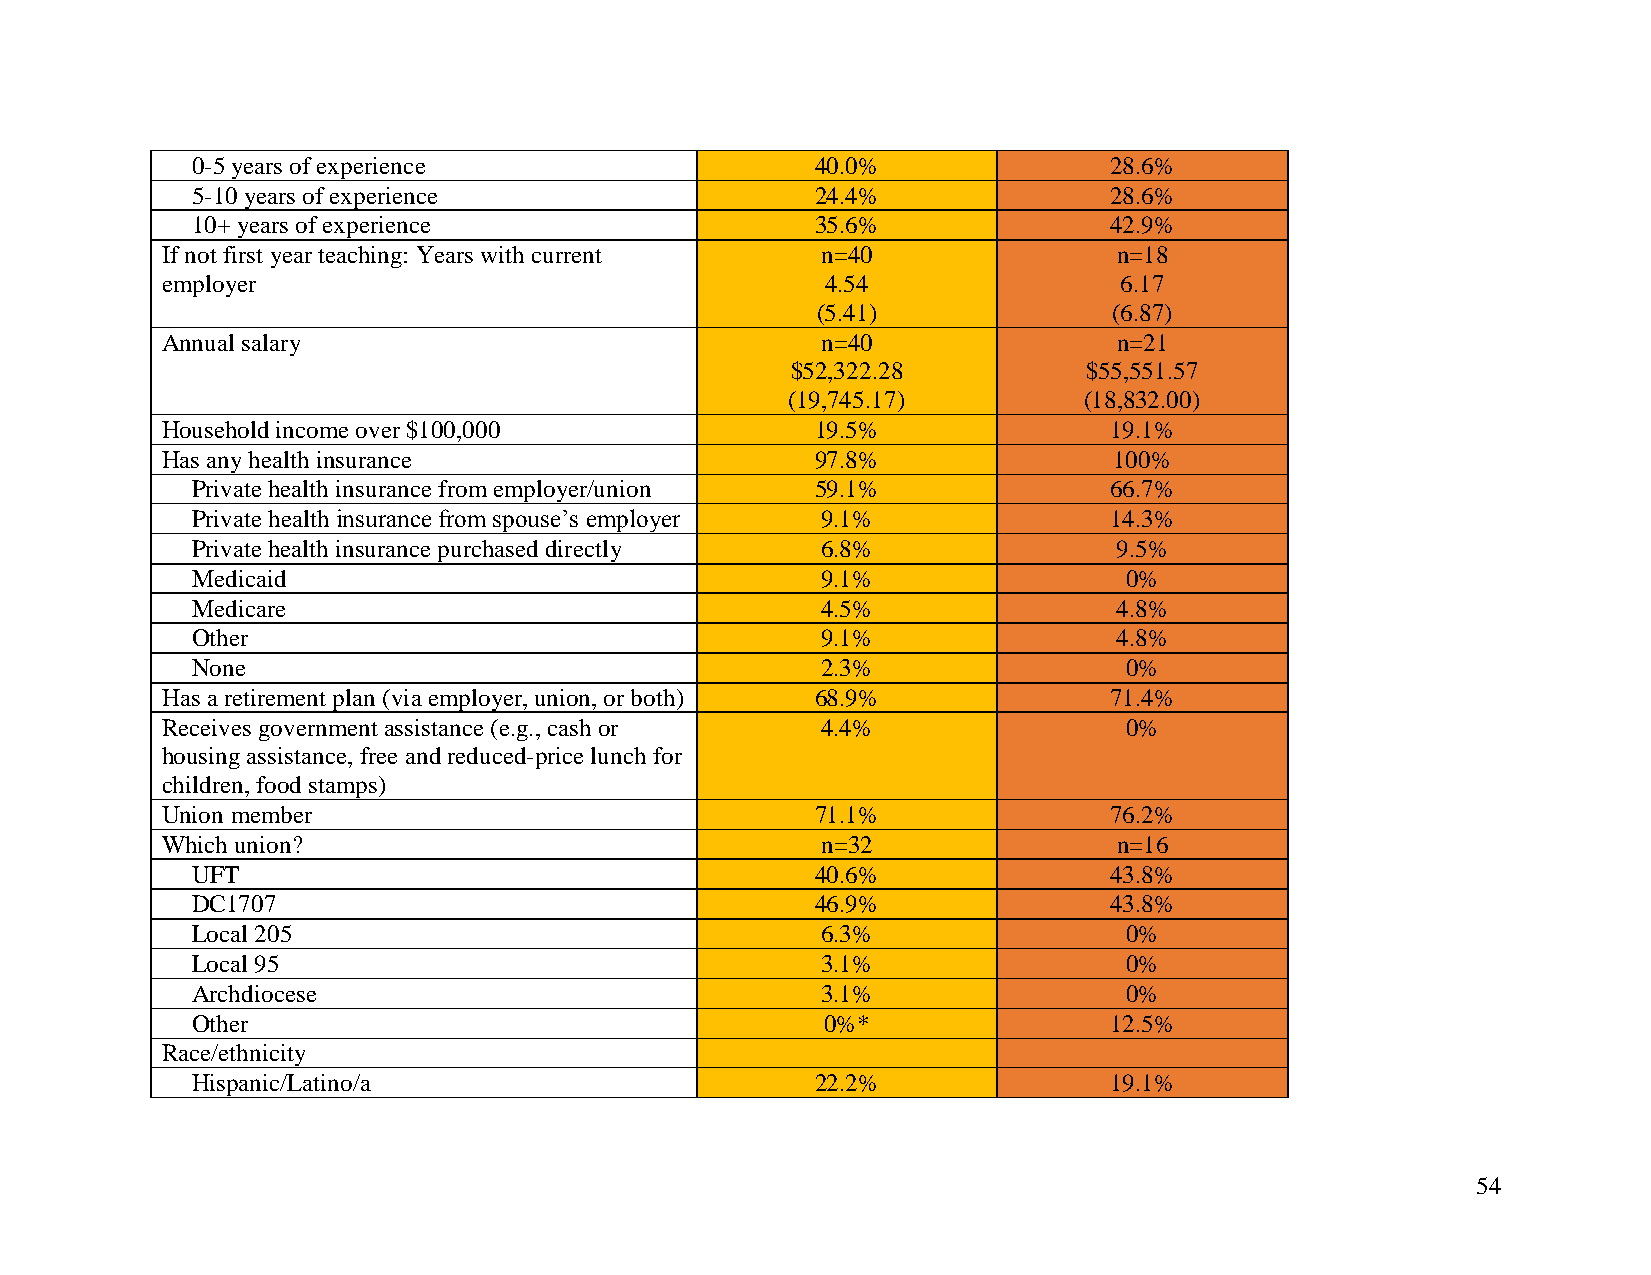
0-5 years of experience                  40.0%              28.6%
 5-10 years of experience                 24.4%              28.6%
 10+ years of experience                  35.6%              42.9%
 If not first year teaching: Years with current n=40            n=18
 employer                                    4.54               6.17
 (5.41)              (6.87)
 Annual salary                              n=40                n=21
 $52,322.28          $55,551.57
 (19,745.17)         (18,832.00)
 Household income over $100,000             19.5%              19.1%
 Has any health insurance                   97.8%               100%
 Private health insurance from employer/union 59.1%          66.7%
 Private health insurance from spouse’s employer 9.1%        14.3%
 Private health insurance purchased directly 6.8%             9.5%
 Medicaid                                 9.1%                0%
 Medicare                                 4.5%                4.8%
 Other                                    9.1%                4.8%
 None                                     2.3%                0%
 Has a retirement plan (via employer, union, or both) 68.9%    71.4%
 Receives government assistance (e.g., cash or 4.4%             0%
 housing assistance, free and reduced-price lunch for
 children, food stamps)
 Union member                               71.1%              76.2%
 Which union?                               n=32                n=16
 UFT                                      40.6%              43.8%
 DC1707                                   46.9%              43.8%
 Local 205                                6.3%                0%
 Local 95                                 3.1%                0%
 Archdiocese                              3.1%                0%
 Other                                     0%*               12.5%
 Race/ethnicity
 Hispanic/Latino/a                        22.2%              19.1%
 54